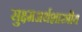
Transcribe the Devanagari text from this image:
सुक्ष्मअर्थशास्त्रीय